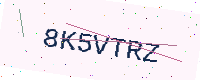
Text: 8K5VTRZ